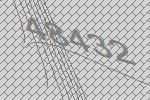
48432